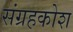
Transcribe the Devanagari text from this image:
संग्रहकोश